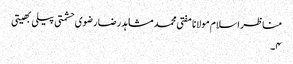
مناظر اسلام مولانا مفتی محمد مشاہد رضا رضوی حشمتی پیلی بھیتی
۴۔